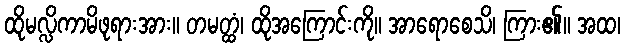
ထိုမလ္လိကာမိဖုရားအား။ တမတ္ထံ၊ ထိုအကြောင်းကို။ အာရောစေသိ၊ ကြား၏။ အထ၊